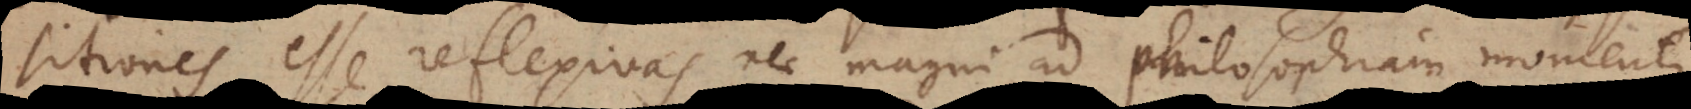
sitiones esse reflexivas nec magni ad philosophiam momenti,